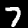
Digit: 7